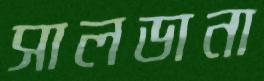
সালডানা